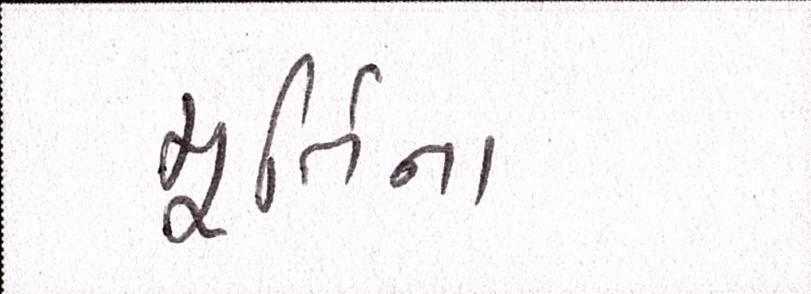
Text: મૂર્તિના